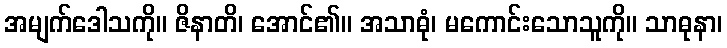
အမျက်ဒေါသကို။ ဇိနာတိ၊ အောင်၏။ အသာဓုံ၊ မကောင်းသောသူကို။ သာဓုနာ၊